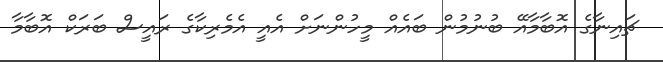
ޗައިނާގެ އޮބާމާއޭ ބުނުމުން ބައެއް މީހުންނަށް އެއީ އެމެރިކާގެ ރައީސް ބަރަކް އޮބާމާ